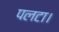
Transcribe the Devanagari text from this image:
पलटा।